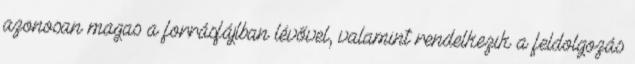
azonosan magas a forrásfájlban lévővel, valamint rendelkezik a feldolgozás